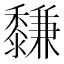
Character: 𪐋